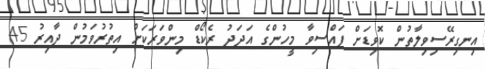
އިނގިރޭސިވިލާތުން ކޮވިޑަށް ފައްސިވާ މީހުންގެ އަދަދު ރެކޯޑް މިންވަރަކަށް އިތުރުވަމުން ދާއިރު 45